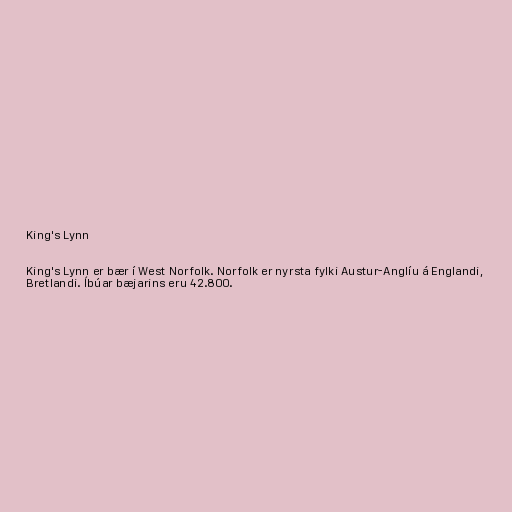
King's Lynn

King's Lynn er bær í West Norfolk. Norfolk er nyrsta fylki Austur-Anglíu á Englandi,
Bretlandi. Íbúar bæjarins eru 42.800.